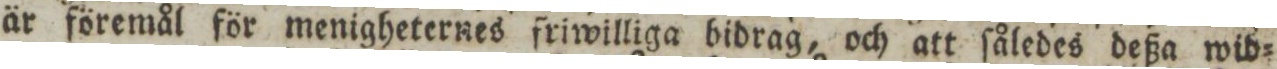
är föremål för menigheternes friwilliga bidrag, och att ſåledes deßa wid=